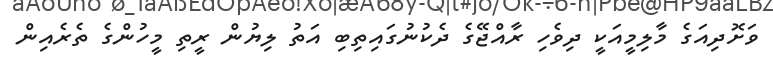
ވަށޮދިއަގެ މާލިމީއަކީ ދިވެހި ރާއްޖޭގެ ދެކުނުގައިތިބި އަތު ލިޔުން ރީތި މީހުންގެ ތެރެއިން